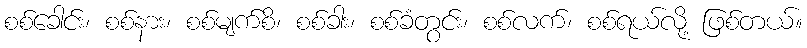
စစ်ခေါင်း၊ စစ်နား၊ စစ်မျက်စိ၊ စစ်ခါး၊ စစ်ခံတွင်း၊ စစ်လက်၊ စစ်ရယ်လို့ ဖြစ်တယ်။